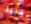
لدينا